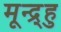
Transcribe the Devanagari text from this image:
मून्द्र्हु